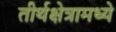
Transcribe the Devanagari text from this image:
तीर्थक्षेत्रामध्ये